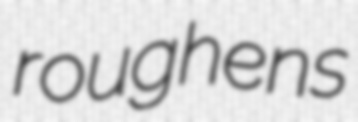
roughens